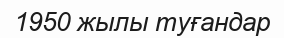
1950 жылы туғандар